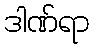
ဒါဏ်ရာ